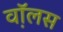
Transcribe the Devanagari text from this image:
व़ाॅलस